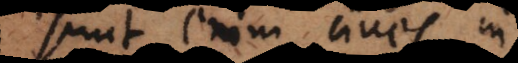
Sunt enim cives in